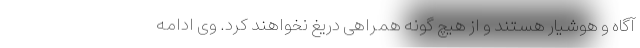
آگاه و هوشیار هستند و از هیچ گونه همراهی دریغ نخواهند کرد. وی ادامه